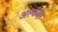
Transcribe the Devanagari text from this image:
अल्कंदर